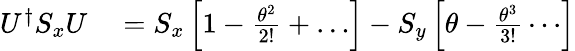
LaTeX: \begin{array}{rl}{U^{\dagger}S_{x}U}&{{}=S_{x}\left[1-{\frac{\theta^{2}}{2!}}+\ldots\right]-S_{y}\left[\theta-{\frac{\theta^{3}}{3!}}\cdots\right]}\end{array}